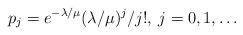
LaTeX: \begin{align*}p_j = e^{-\lambda/\mu}(\lambda/\mu)^j/j!,\>j=0,1,\ldots\end{align*}